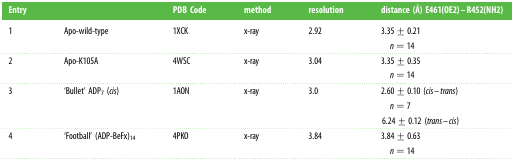
| Entry |  | PDB Code | method | resolution | distance (Å) E461(OE2)–R452(NH2) |
 | --- | --- | --- | --- | --- | --- |
 | 1 | Apo-wild-type | 1XCK | x-ray | 2.92 | 3.35 ± 0.21n = 14 |
 | 2 | Apo-K105A | 4WSC | x-ray | 3.04 | 3.35 ± 0.35n = 14 |
 | 3 | ‘Bullet’ ADP7 (cis) | 1AON | x-ray | 3.0 | 2.60 ± 0.10 (cis–trans)n = 76.24 ± 0.12 (trans–cis) |
 | 4 | ‘Football’ (ADP-BeFx)14 | 4PKO | x-ray | 3.84 | 3.84 ± 0.63n = 14 |